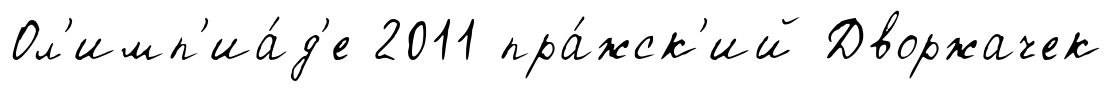
Ол'имп'иа́д'е 2011 пра́жск'ий Дворжачек